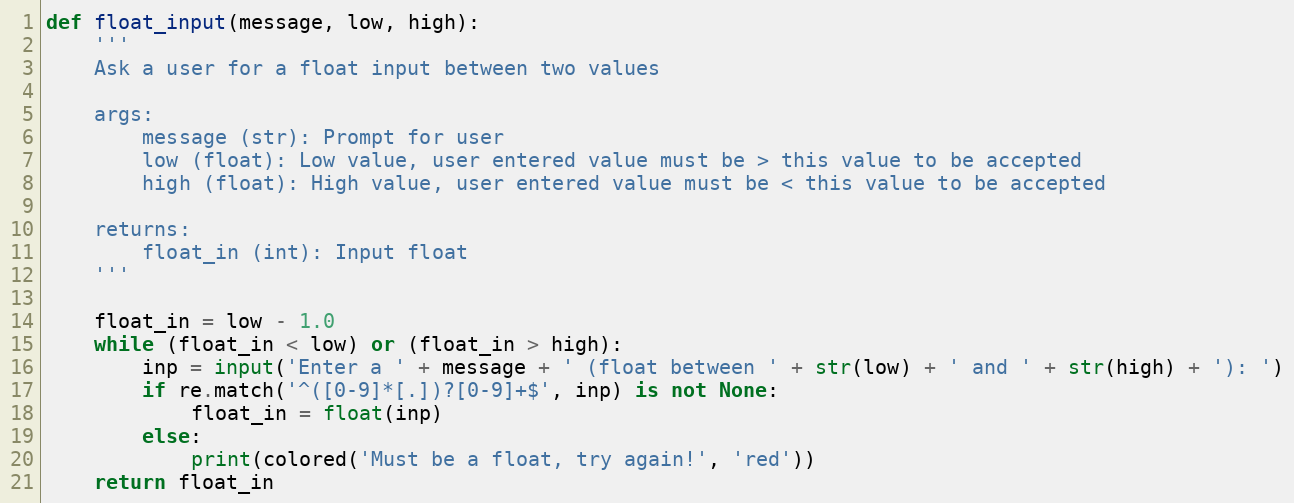
Language: Python
def float_input(message, low, high):
    '''
    Ask a user for a float input between two values

    args:
        message (str): Prompt for user
        low (float): Low value, user entered value must be > this value to be accepted
        high (float): High value, user entered value must be < this value to be accepted

    returns:
        float_in (int): Input float
    '''

    float_in = low - 1.0
    while (float_in < low) or (float_in > high):
        inp = input('Enter a ' + message + ' (float between ' + str(low) + ' and ' + str(high) + '): ')
        if re.match('^([0-9]*[.])?[0-9]+$', inp) is not None:
            float_in = float(inp)
        else:
            print(colored('Must be a float, try again!', 'red'))
    return float_in